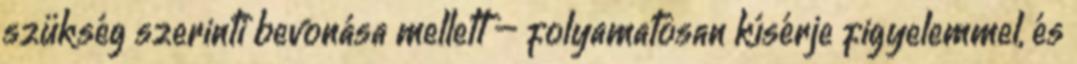
szükség szerinti bevonása mellett – folyamatosan kísérje figyelemmel, és